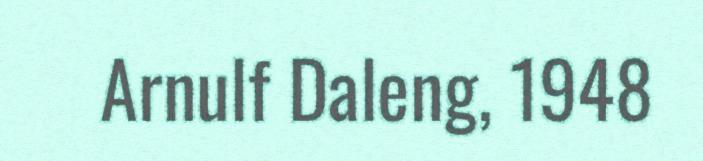
Arnulf Daleng, 1948